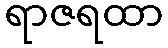
ရာဇရထာ